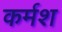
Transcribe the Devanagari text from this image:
कर्मश